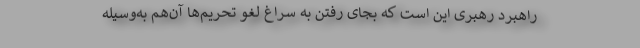
راهبرد رهبری این است که بجای رفتن به سراغ لغو تحریم‌ها آن‌هم به‌وسیله